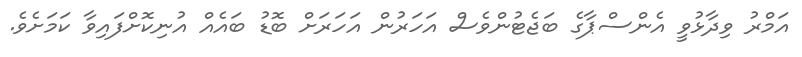
އަމްރު ވިދާޅުވީ އެންސްޕާގެ ބަޖެޓުންވެސް އަހަރުން އަހަރަށް ބޮޑު ބައެއް އުނިކޮށްފައިވާ ކަމަށެވެ.